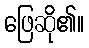
ဖြေဆို၏။